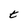
Character: t